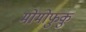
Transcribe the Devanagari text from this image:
मोमोफुकु